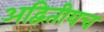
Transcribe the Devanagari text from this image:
अद्वितीयच